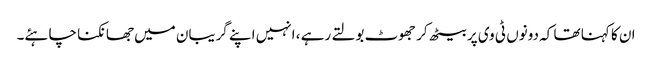
ان کا کہنا تھا کہ دونوں ٹی وی پر بیٹھ کر جھوٹ بولتے رہے ، انہیں اپنے گریبان میں جھانکنا چاہئے۔